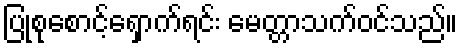
ပြုစုစောင့်ရှောက်ရင်း မေတ္တာသက်ဝင်သည်။